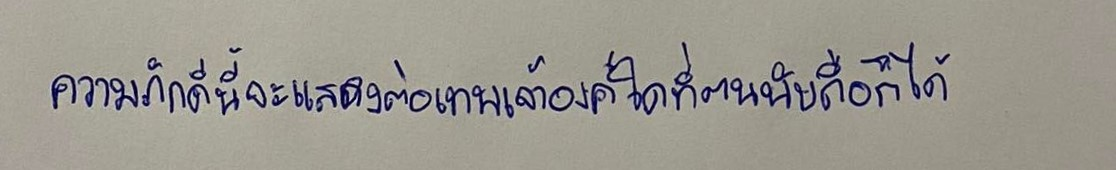
ความภักดีนี้จะแสดงต่อเทพเจ้าองค์ใดที่ตนนับถือก็ได้